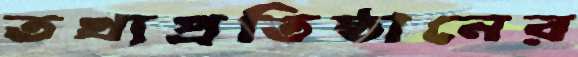
তথ্যপ্রতিষ্ঠানের